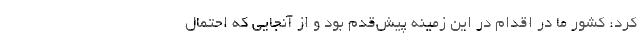
کرد: کشور ما در اقدام در این زمینه پیش‌قدم بود و از آنجایی که احتمال